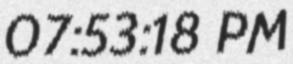
07:53:18 PM